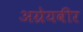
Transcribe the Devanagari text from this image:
अग्रेयवीर